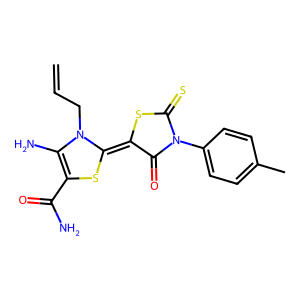
SMILES: C=CCN1C(N)=C(C(N)=O)SC1=C1SC(=S)N(c2ccc(C)cc2)C1=O
Inhibits HIV replication: No